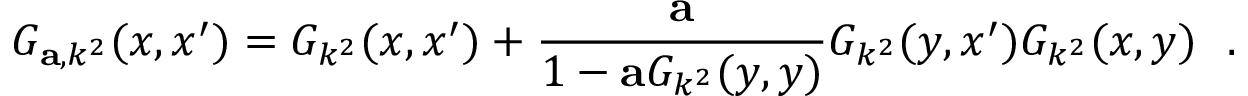
G _ { { \bf a } , k ^ { 2 } } ( x , x ^ { \prime } ) = G _ { k ^ { 2 } } ( x , x ^ { \prime } ) + { \frac { \bf a } { 1 - { \bf a } G _ { k ^ { 2 } } ( y , y ) } } G _ { k ^ { 2 } } ( y , x ^ { \prime } ) G _ { k ^ { 2 } } ( x , y ) ~ ~ .